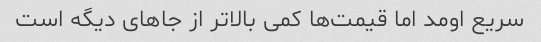
سریع اومد اما قیمت‌ها کمی بالاتر از جاهای دیگه است